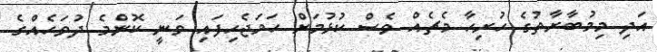
އަދި މިމުބާރާތުގެ ހުރިހާ މެޗެއް ވެސް ކުޅުމަށް ހަމަޖެހިފައި ވަނީ ކޮންމެ ދުވަހެއްގެ